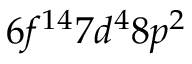
6 f ^ { 1 4 } 7 d ^ { 4 } 8 p ^ { 2 }